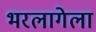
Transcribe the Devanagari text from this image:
भरलागेला